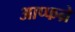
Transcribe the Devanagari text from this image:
आप्फन्रे